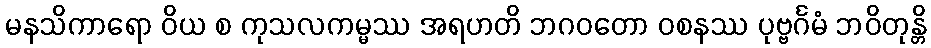
မနသိကာရော ဝိယ စ ကုသလကမ္မဿ အရဟတိ ဘဂဝတော ဝစနဿ ပုဗ္ဗင်္ဂမံ ဘဝိတုန္တိ